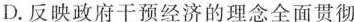
D.反映政府干预经济的理念全面贯彻